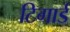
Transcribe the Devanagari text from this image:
टिगार्ड